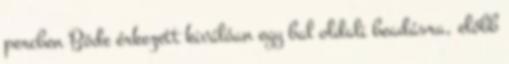
percben Böde érkezett kiválóan egy bal oldali beadásra, előbb